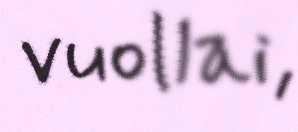
vuollai,